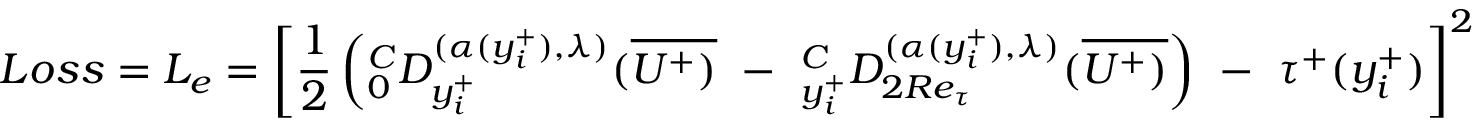
L o s s = L _ { e } = \left[ { \frac { 1 } { 2 } } \left( _ { 0 } ^ { C } D _ { y _ { i } ^ { + } } ^ { ( \alpha ( y _ { i } ^ { + } ) , \lambda ) } ( \overline { { U ^ { + } ) } } ~ - ~ _ { y _ { i } ^ { + } } ^ { C } D _ { 2 R e _ { \tau } } ^ { { ( \alpha ( y _ { i } ^ { + } ) , \lambda ) } } ( \overline { { U ^ { + } ) } } \right) ~ - ~ \tau ^ { + } ( y _ { i } ^ { + } ) \right] ^ { 2 }